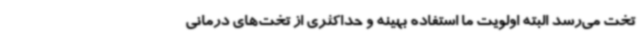
تخت می‌رسد البته اولویت ما استفاده بهینه و حداکثری از تخت‌های درمانی